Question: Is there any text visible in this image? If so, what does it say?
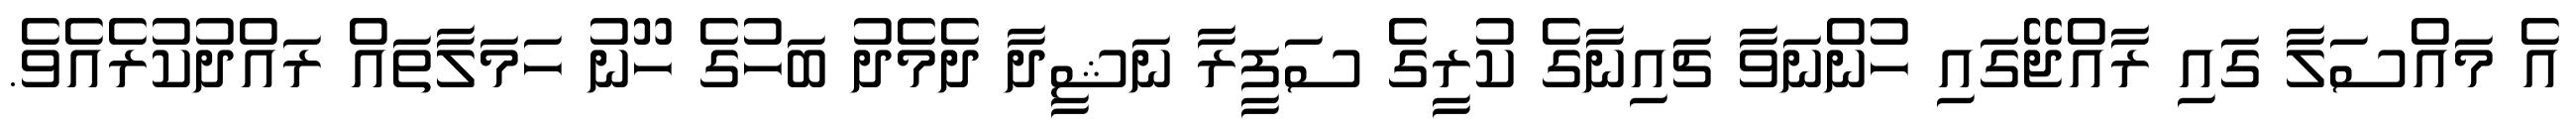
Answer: އެ މައްސަލާ ގައި ރާއްޖޭގައި ހުންނަވާ ޗައިނާގެ ކުރީގެ ސަފީރާ ނަޝީދާ ދެމެދު ބަހުގެ ހޫނު ހަމަލާތައް ރައްދުކުރެއެވެ.